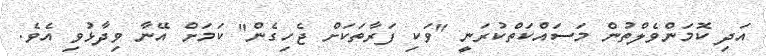
އަދި ކޮމަންވެލްތުން މަސައްކަތްކުރަނީ "ވަކި ފަރާތަކަށް ޖެހިގެން" ކަމަށް އޭނާ ވިދާޅުވި އެވެ.